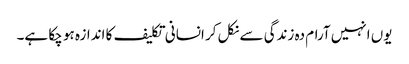
یوں انہیں آرام دہ زندگی سے نکل کر انسانی تکلیف کا اندازہ ہو چکا ہے۔